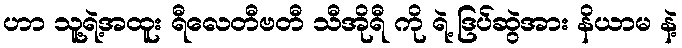
ဟာ သူ့ရဲ့အထူး ရီလေတီဗတီ သီအိုရီ ကို ရဲ့ ဒြပ်ဆွဲအား နိယာမ နဲ့